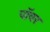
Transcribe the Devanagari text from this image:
पाॅवर